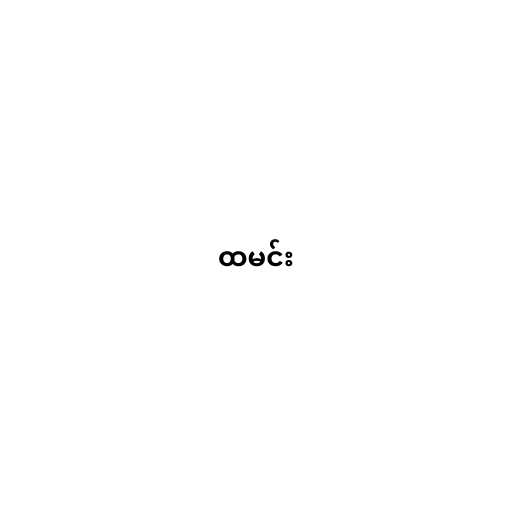
ထမင်း